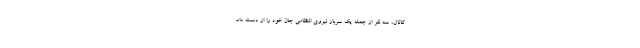
کانال، سه نفر از جمله یک سرباز نیروی انتظامی جان خود را از دست داد.